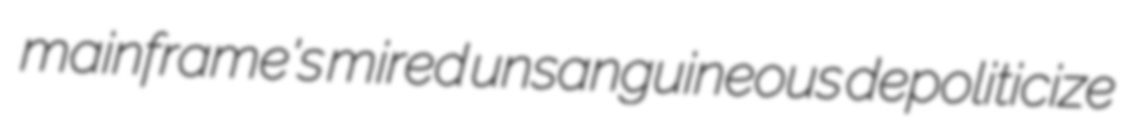
mainframe's mired unsanguineous depoliticize